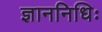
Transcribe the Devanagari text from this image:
ज्ञाननिधिः